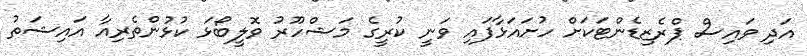
އަދި ވައިސް ޕްރެޒިޑެންޓަކަށް ހުށައަޅާފައި ވަނީ ކުރީގެ މަޝްހޫރު ވޮލީބޯޅަ ކުޅުންތެރިއާ އައިޝަތު